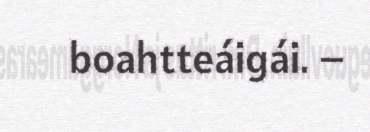
boahtteáigái. –